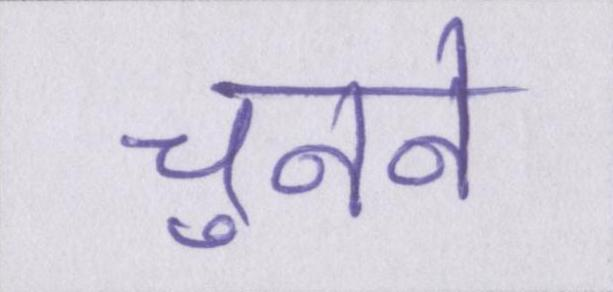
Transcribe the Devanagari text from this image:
चुनने